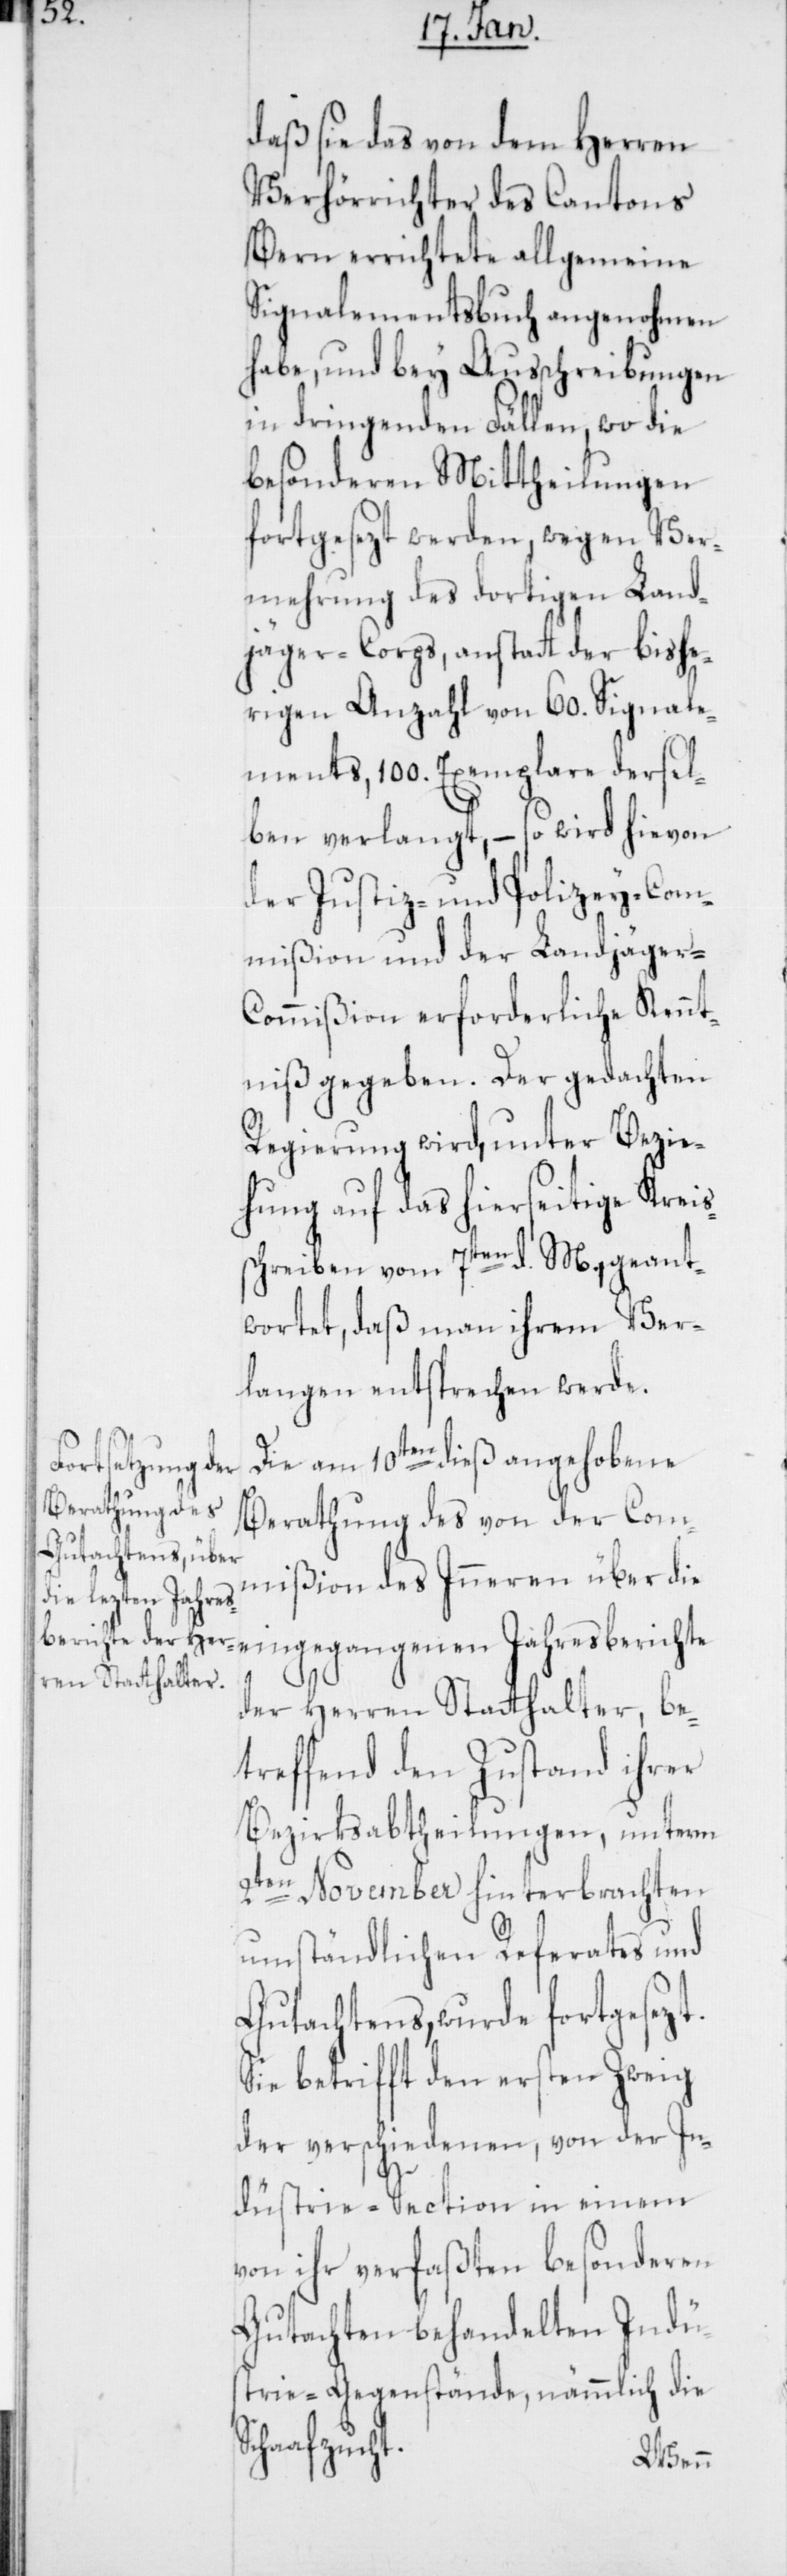
daß sie das von dem Herren
Verhörrichter des Cantons
Bern errichtete allgemeine
Signalementsbuch angenohmen
habe, und bey Ausschreibungen
in dringenden Fällen, wo die
besonderen Mittheilungen
fortgesezt werden, wegen Ver¬
mehrung des dortigen Land¬
jäger-Corps, anstatt der bishe¬
rigen Anzahl von 60. Signale¬
ments, 100. Exemplare dersel¬
ben verlangt, – so wird hievon
der Justiz- und Polizey-Com¬
mißion und der Landjäger-C¬
ommißion erforderliche Kennt¬
niß gegeben. Der gedachten
Regierung wird, unter Bezie¬
hung auf das hierseitige Kreis¬
schreiben vom 7ten d. M., geant¬
wortet, daß man ihrem Ver¬
langen entsprechen werde.
Die am 10ten dieß angehobene
Berathung des von der Com¬
mißion des Inneren über die
der Herren Statthalter, be¬
treffend den Zustand ihrer
Bezirksabtheilungen, unterm
2ten November hinterbrachten
umständlichen Referates und
Gutachtens, wurde fortgesetzt.
Sie betrifft den ersten Zweig
der verschiedenen, von der In¬
dustrie-Section in einem
von ihr verfaßten besonderen
Gutachten behandelten Indus¬
trie-Gegenstände, nämmlich die
Schafzucht.